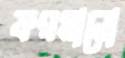
ফরমানো